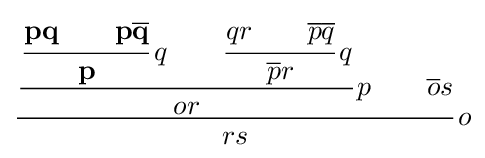
{\cfrac {{\cfrac {{\cfrac {\mathbf {pq} \qquad \mathbf {p{\overline {q}}} }{\mathbf {p} }}\,q\qquad {\cfrac {qr\qquad {\overline {p}}{\overline {q}}}{{\overline {p}}r}}\,q}{or}}\,p\qquad {\overline {o}}s}{rs}}\,o